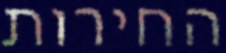
החירות